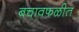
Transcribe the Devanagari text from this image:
बचावफळीत